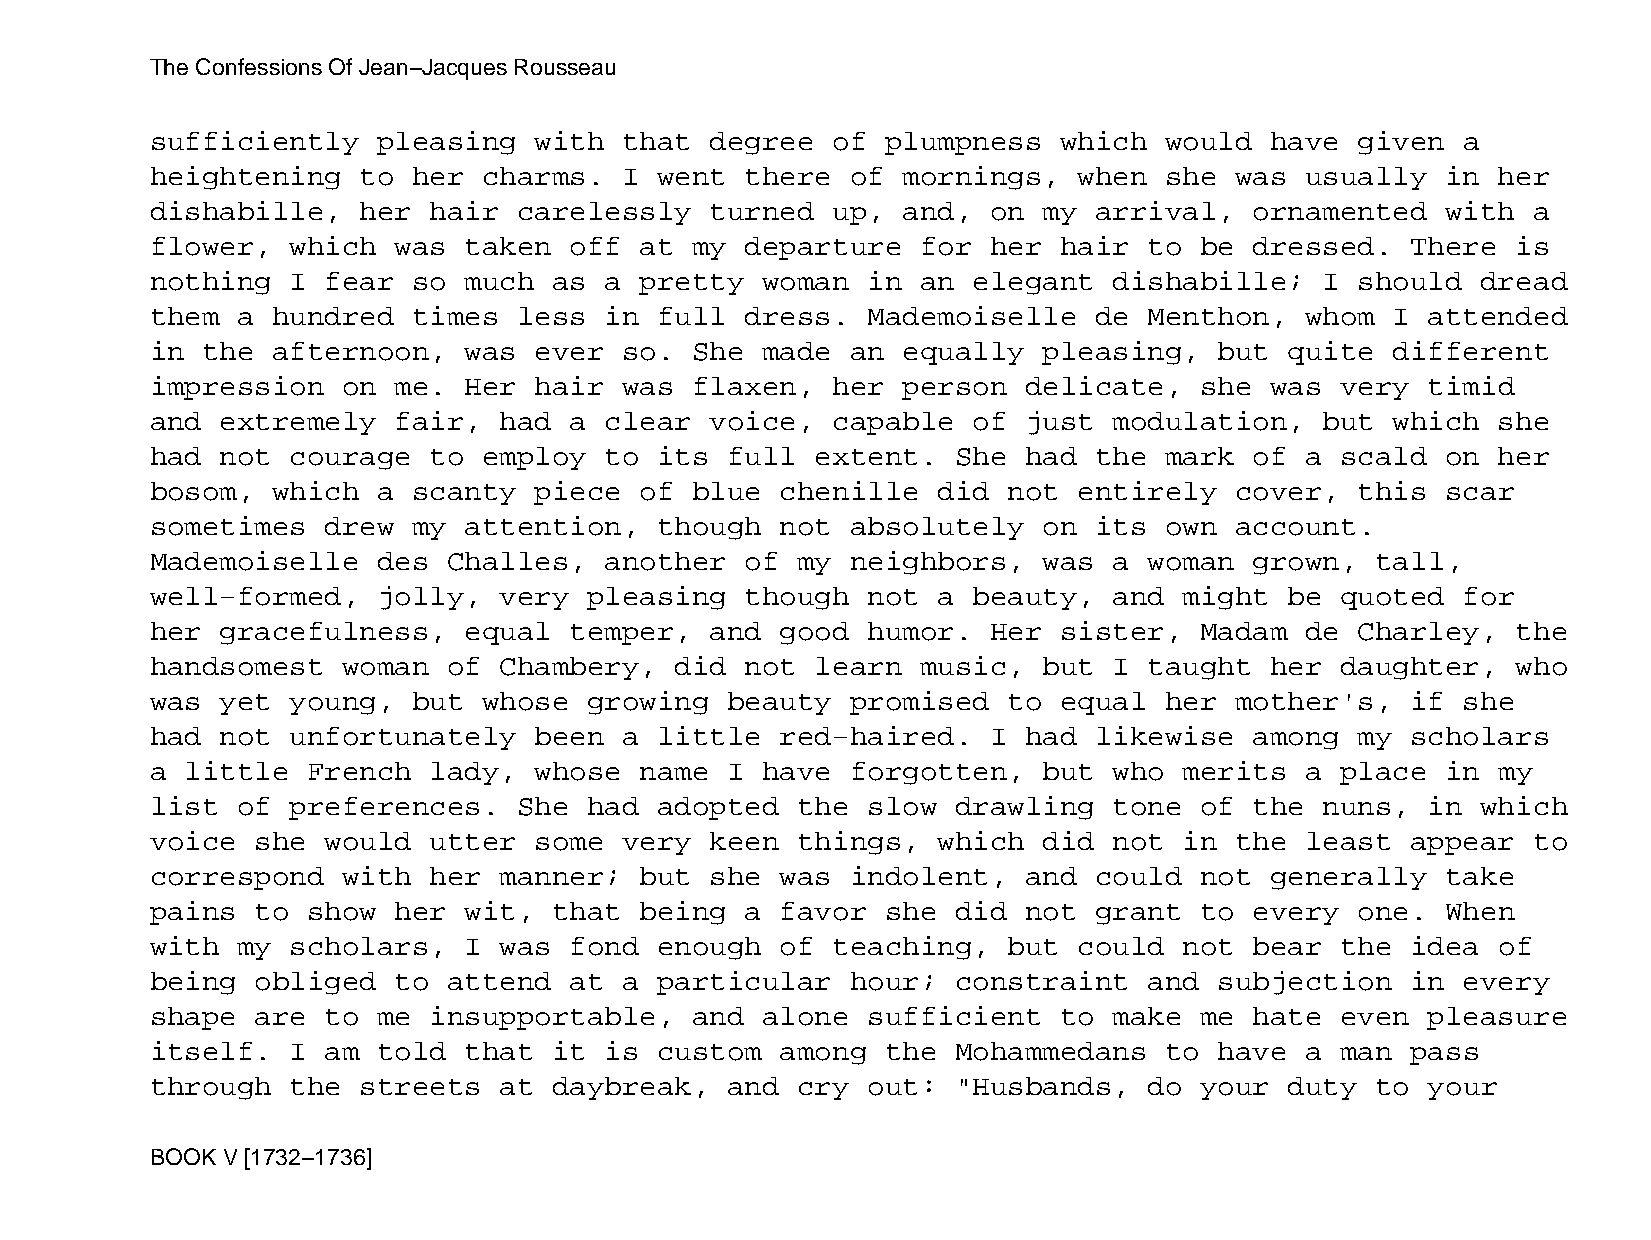
The Confessions Of Jean−Jacques Rousseau
 sufficiently   pleasing  with  that  degree  of  plumpness  which  would  have  given  a
 heightening   to her  charms.  I  went there  of  mornings,  when  she  was usually   in her
 dishabille,   her hair  carelessly   turned  up,  and,  on my arrival,   ornamented   with a
 flower,  which  was  taken  off at  my departure   for  her hair  to be  dressed.  There  is
 nothing  I  fear so  much  as a pretty  woman  in  an elegant   dishabille;   I should  dread
 them  a hundred  times  less  in  full dress.  Mademoiselle   de  Menthon,  whom  I  attended
 in the  afternoon,   was ever  so.  She made  an  equally  pleasing,   but quite  different
 impression   on me.  Her hair  was  flaxen,  her  person  delicate,  she  was  very  timid
 and  extremely  fair,  had  a clear  voice,  capable  of  just  modulation,   but which  she
 had  not courage  to  employ  to  its full  extent.  She  had the  mark  of a  scald  on her
 bosom,  which  a scanty  piece  of  blue  chenille  did  not entirely   cover,  this  scar
 sometimes   drew my  attention,   though  not absolutely   on its  own  account.
 Mademoiselle   des  Challes,  another  of  my neighbors,   was  a woman  grown,  tall,
 well−formed,   jolly,  very  pleasing  though  not  a beauty,   and might  be  quoted  for
 her  gracefulness,   equal  temper,  and  good humor.   Her sister,  Madam  de  Charley,  the
 handsomest   woman  of Chambery,   did not  learn  music,  but  I taught  her  daughter,  who
 was  yet young,  but  whose  growing  beauty  promised   to equal  her  mother's,  if  she
 had  not unfortunately   been  a  little  red−haired.   I had likewise   among  my scholars
 a little  French  lady,  whose  name  I have  forgotten,   but  who merits  a  place  in my
 list  of preferences.   She  had  adopted  the slow  drawling   tone of  the  nuns,  in which
 voice  she  would utter  some  very  keen  things,  which  did  not in  the least  appear  to
 correspond   with her  manner;  but  she  was indolent,   and could  not  generally   take
 pains  to show  her  wit,  that being  a  favor  she did  not grant  to  every  one.  When
 with  my scholars,   I was  fond  enough  of teaching,   but could  not  bear  the idea  of
 being  obliged  to  attend  at a  particular  hour;  constraint   and  subjection  in  every
 shape  are  to me insupportable,    and alone  sufficient   to  make me  hate  even  pleasure
 itself.  I  am told  that  it is  custom  among  the Mohammedans   to  have a  man pass
 through  the  streets  at  daybreak,  and  cry out:  "Husbands,   do your  duty  to  your
 BOOK V [1732−1736]